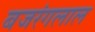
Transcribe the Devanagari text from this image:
बजरंगलाल